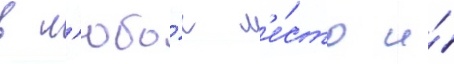
в л'юбо́е м'е́сто и́